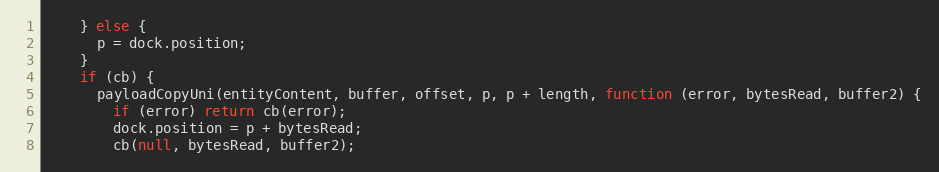
Language: JavaScript
    } else {
      p = dock.position;
    }
    if (cb) {
      payloadCopyUni(entityContent, buffer, offset, p, p + length, function (error, bytesRead, buffer2) {
        if (error) return cb(error);
        dock.position = p + bytesRead;
        cb(null, bytesRead, buffer2);